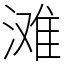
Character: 滩